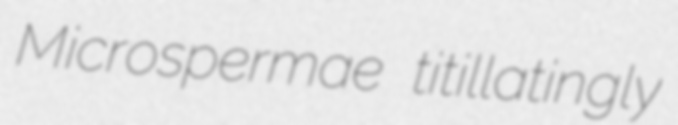
Microspermae titillatingly